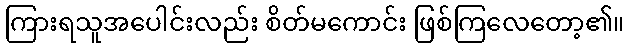
ကြားရသူအပေါင်းလည်း စိတ်မကောင်း ဖြစ်ကြလေတော့၏။